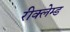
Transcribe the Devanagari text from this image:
रीक्लेम्ड